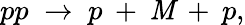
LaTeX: pp\; \rightarrow\; p\: +\: \mathit{M}\: +\: p,